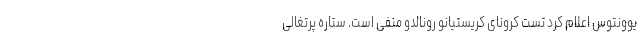
یوونتوس اعلام کرد تست کرونای کریستیانو رونالدو منفی است. ستاره پرتغالی